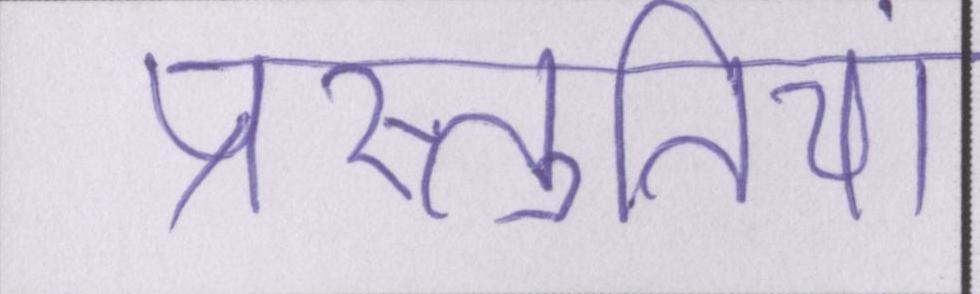
प्रस्तुतियां